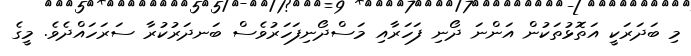
މި ބަދަރަކީ އަތޮޅުތަކުން އަންނަ ދޯނި ފަހަރާއި މަސްދޯނިފަހަރުވެސް ބަނދަރުކުރާ ސަރަަހައްދެވެ. މީގެ